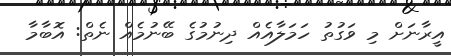
އީރާނަށް މި ވަގުތު ހަމަލާއެއް ދިނުމުގެ ބޭނުމެއް ނެތް: އޮބާމާ